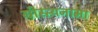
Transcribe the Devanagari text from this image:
ग्रीस्त्यनामा